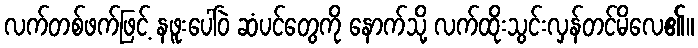
လက်တစ်ဖက်ဖြင့် နဖူးပေါ်ဝဲ ဆံပင်တွေကို နောက်သို့ လက်ထိုးသွင်းလှန်တင်မိလေ၏။